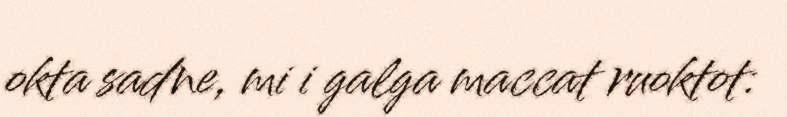
okta sadne, mi i galga maccat ruoktot: